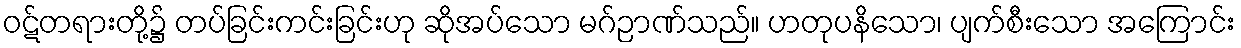
ဝဋ်တရားတို့၌ တပ်ခြင်းကင်းခြင်းဟု ဆိုအပ်သော မဂ်ဉာဏ်သည်။ ဟတုပနိသော၊ ပျက်စီးသော အကြောင်း